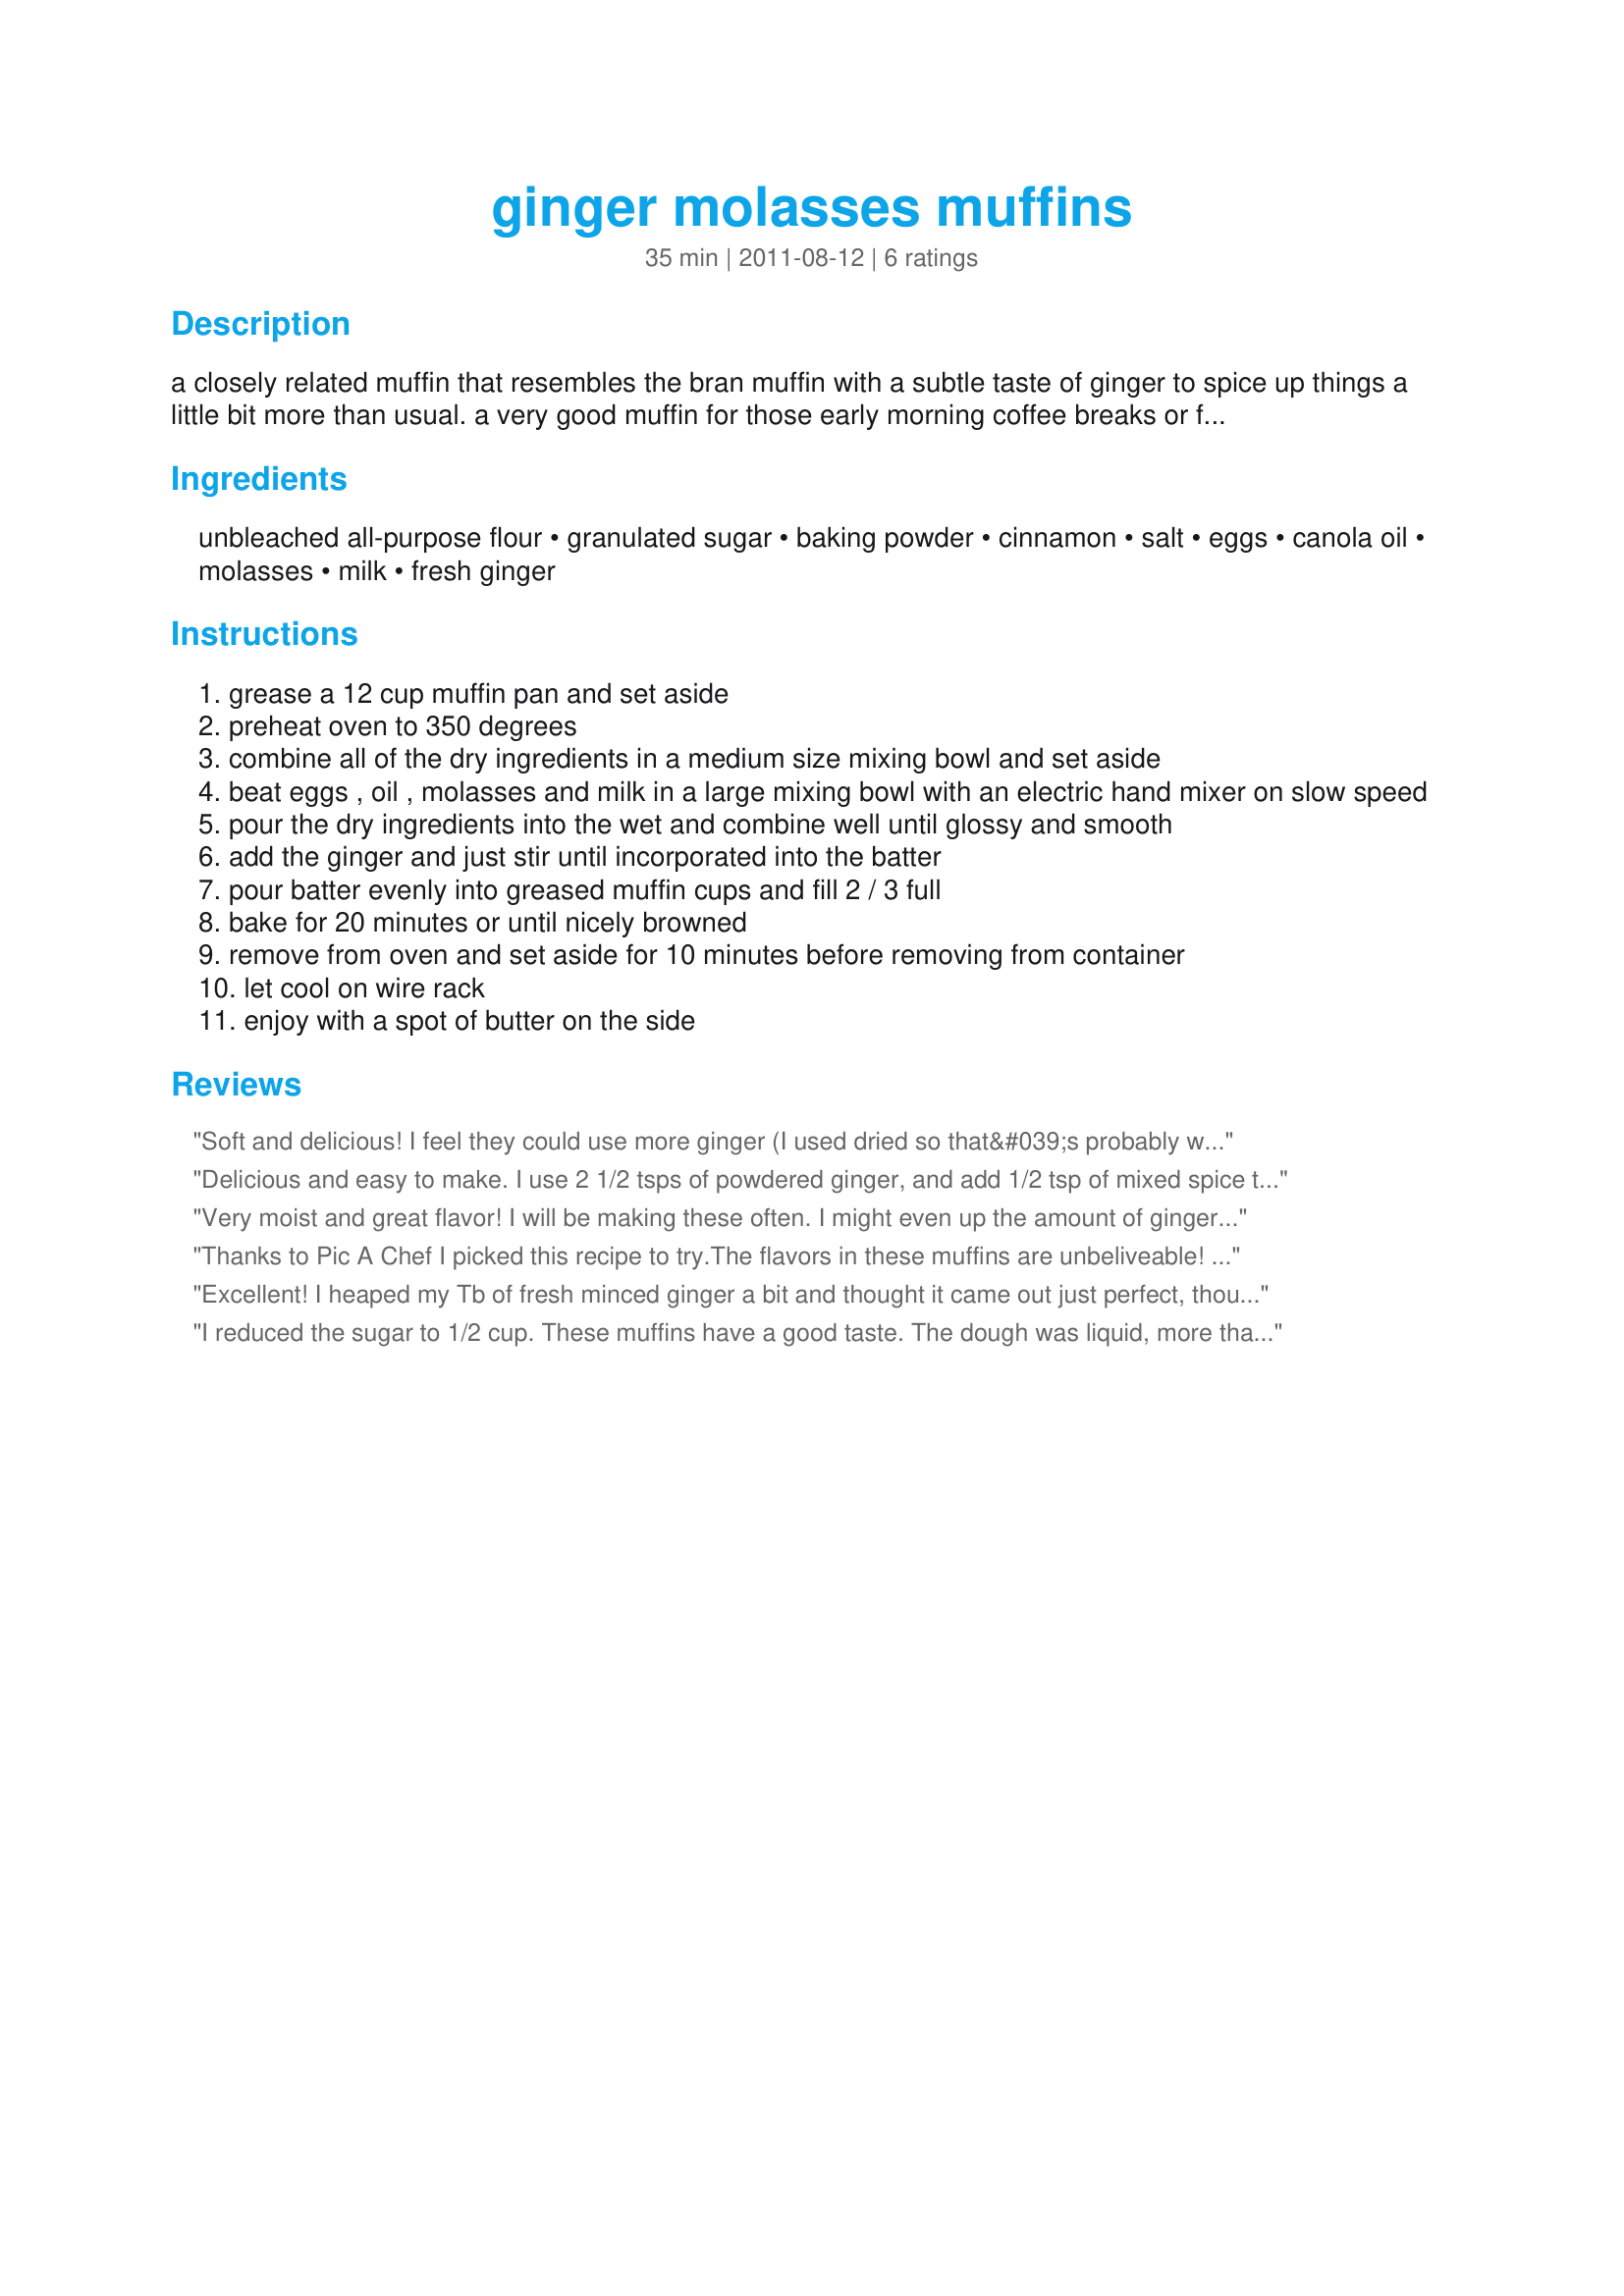
ginger molasses muffins
Preparation time: 35 minutes

a closely related muffin that resembles the bran muffin with a subtle taste of ginger to spice up things a little bit more than usual. a very good muffin for those early morning coffee breaks or for breakfast on the go when you are in a hurry.

Ingredients:
unbleached all-purpose flour, granulated sugar, baking powder, cinnamon, salt, eggs, canola oil, molasses, milk, fresh ginger

Steps:
grease a 12 cup muffin pan and set aside
preheat oven to 350 degrees
combine all of the dry ingredients in a medium size mixing bowl and set aside
beat eggs , oil , molasses and milk in a large mixing bowl with an electric hand mixer on slow speed
pour the dry ingredients into the wet and combine well until glossy and smooth
add the ginger and just stir until incorporated into the batter
pour batter evenly into greased muffin cups and fill 2 / 3 full
bake for 20 minutes or until nicely browned
remove from oven and set aside for 10 minutes before removing from container
let cool on wire rack
enjoy with a spot of butter on the side

Reviews:
Soft and delicious! I feel they could use more ginger (I used dried so that&#039;s probably why) and next time I will add a teaspoon of nutmeg see what that does. Maybe raisins too for the batch after the next batch. We will be eating these for a while! Soooo good!! Thank you.
Delicious and easy to make. I use 2 1/2 tsps of powdered ginger, and add 1/2 tsp of mixed spice to give it a really punchy flavour.
Very moist and great flavor! I will be making these often. I might even up the amount of ginger (we really like our ginger!) Made for Fall 2011 PAC game.
Thanks to Pic A Chef I picked this recipe to try.<br/><br/>The flavors in these muffins are unbeliveable! <br/><br/>The next time I make these muffins I would fill the batter to the rim. They did not raise much.<br/><br/>Don't worry if the batter is runny it means nothing.<br/><br/>Great recipe to try!
Excellent! I heaped my Tb of fresh minced ginger a bit and thought it came out just perfect, though hubby said it could still use more ginger. The only other change I made was to use unrefined (brown) sugar.
I reduced the sugar to 1/2 cup. These muffins have a good taste. The dough was liquid, more than usual. But still the muffins looked great and rised. Thanks Slocan Cook :) Made for Cookbook tag game
